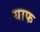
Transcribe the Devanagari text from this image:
याफ